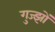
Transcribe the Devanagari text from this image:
गुज्झों